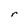
Character: r